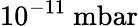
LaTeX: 10^{-11}~\mathrm{mbar}